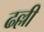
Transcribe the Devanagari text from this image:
ढल्ली